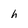
Character: h